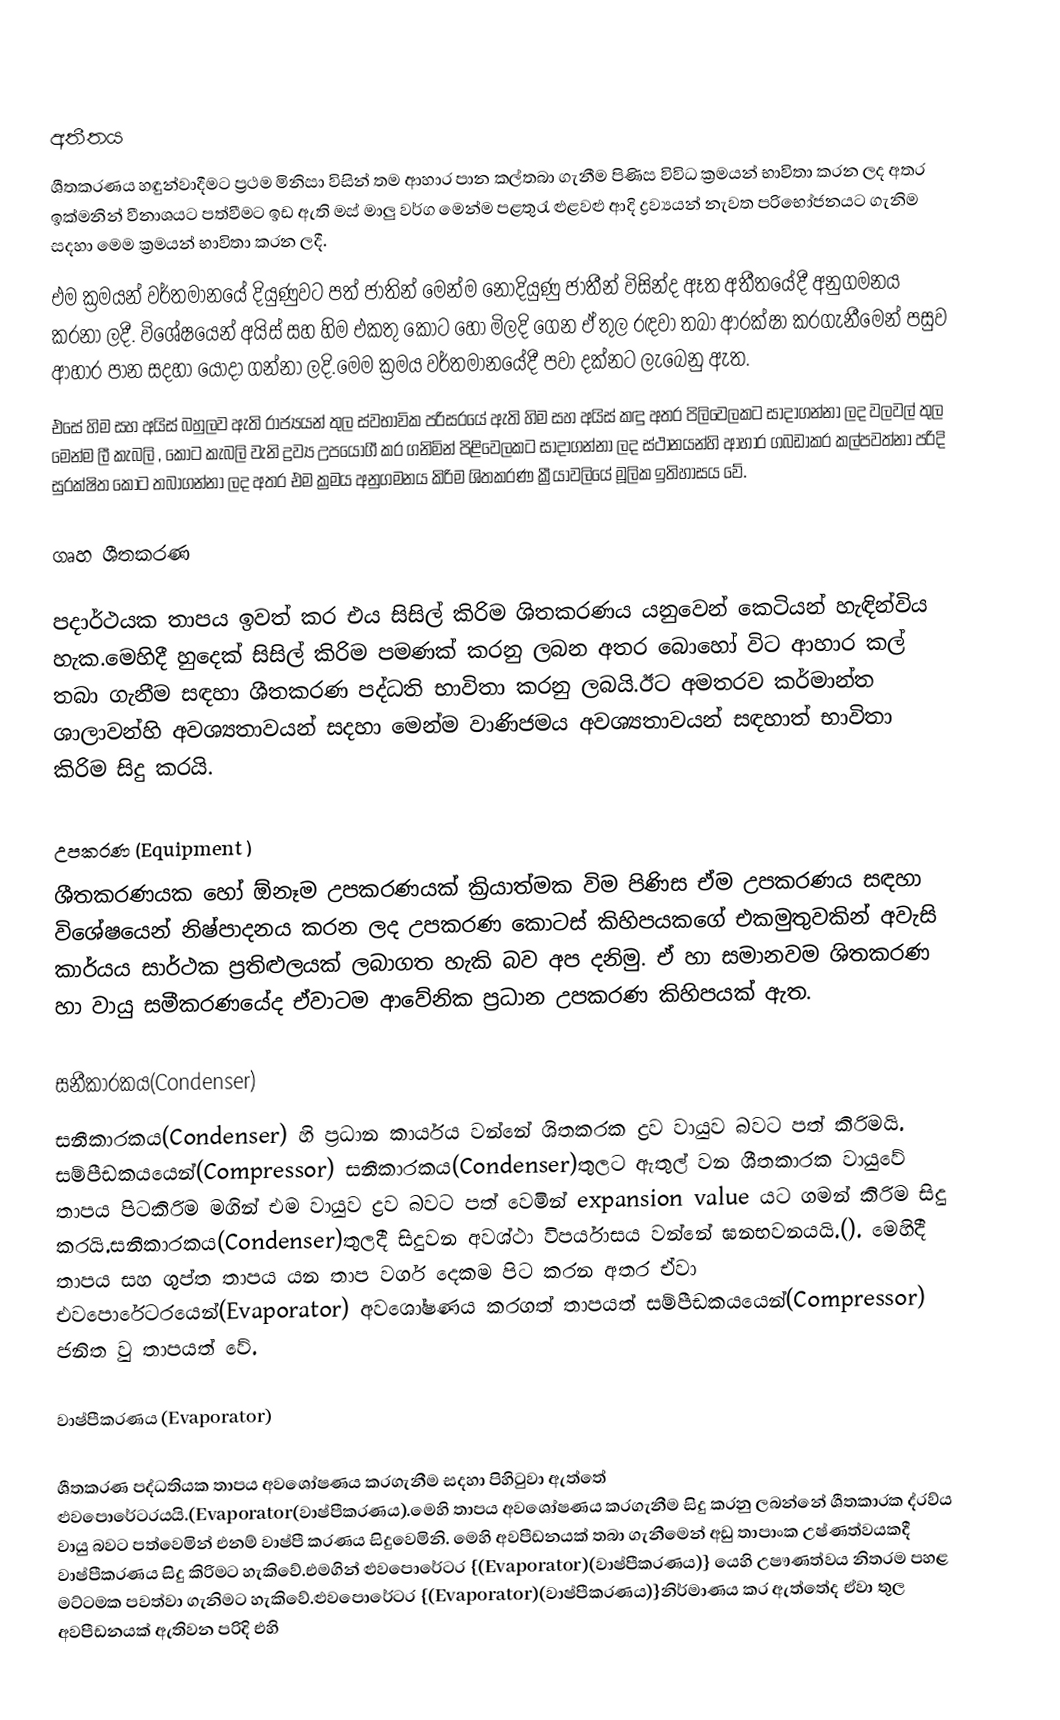

අතීතය
ශීතකරණය හඳුන්වාදීමට ප්‍රථම මිනිසා විසින් තම ආහාර පාන කල්තබා ගැනීම පිණිස විවිධ ක්‍රමයන් භාවිතා කරන ලද අතර ඉක්මනින් වීනාශයට පත්වීමට ඉඩ ඇති මස් මාලු වර්ග මෙන්ම පළතුරැ ළුළවළු ආදි ද්‍රව්‍යයන් නැවත පරිභෝජනයට ගැනිම සදහා මෙම ක්‍රමයන් භාවිතා කරන ලදී.
එම ක්‍රමයන් වර්තමානයේ දියුණුවට පත් ජාතින් මෙන්ම නොදියුණු ජාතීන් විසින්ද ඈත අතීතයේදී අනුගමනය කරනා ලදී. විශේෂයෙන් අයිස් සහ හිම එකතු කොට හෝ මිලදි ගෙන ඒ තුල රඳවා තබා ආරක්ෂා කරගැනීමෙන් පසුව ආහාර පාන සදහා යොදා ගන්නා ලදි.මෙම ක්‍රමය වර්තමානයේදී පවා දක්නට ලැබෙනු ඇත.
එසේ හිම සහ අයිස් බහුලව ඇති රාජ්‍යයන් තුල ස්වභාවික පරිසරයේ ඇති හිම සහ අයිස් කඳු අතර පිලිවෙලකට සාදාගන්නා ලද වලවල් තුල මෙන්ම ලී කැබලි , කොට කැබලි වැනි ද්‍රව්‍ය උපයෝගී කර ගනිමින් පිළිවෙලකට සාදාගන්නා ලද ස්ථානයන්හි ආහාර ගබඩාකර කල්පවත්නා පරිදි සුරක්ෂිත කොට තබාගන්නා ලද අතර එම ක්‍රමය අනුගමනය කිරිම ශිතකරණ ක්‍රීයාවලියේ මූලික ඉතිහාසය වේ.

ගෘහ ශීතකරණ

පදාර්ථයක තාපය ඉවත් කර එය සිසිල් කිරිම ශිතකරණය යනුවෙන් කෙටියන් හැඳින්විය හැක.මෙහිදී හුදෙක්  සිසිල් කිරිම පමණක් කරනු ලබන අතර බොහෝ විට ආහාර කල් තබා ගැනීම සඳහා ශීතකරණ පද්ධති භාවිතා කරනු ලබයි.ඊට අමතරව කර්මාන්ත ශාලාවන්හි අවශ්‍යතාවයන් සදහා මෙන්ම වාණිජමය අවශ්‍යතාවයන් සඳහාත් භාවිතා කිරිම සිදු කරයි.

උපකරණ  (Equipment   )
ශීතකරණයක හෝ ඕනෑම උපකරණයක් ක්‍රියාත්මක විම පිණිස ඒම උපකරණය සඳහා විශේෂයෙන් නිෂ්පාදනය කරන ලද උපකරණ කොටස් කිහිපයකගේ එකමුතුවකින් අවැසි කාර්යය සාර්ථක ප්‍රතිළුලයක් ලබාගත හැකි බව අප දනිමු. ඒ හා සමානවම ශිතකරණ හා වායු සමීකරණයේද ඒවාටම ආවේනික ප්‍රධාන උපකරණ කිහිපයක් ඇත.

සනීකාරකය(Condenser)
සනීකාරකය(Condenser) හි ප්‍රධාන කාර්යය වන්නේ ශිතකරක ද්‍රව වායුව බවට පත් කිරිමයි. සම්පීඩකයයෙන්(Compressor) සනීකාරකය(Condenser)තුලට ඇතුල් වන ශීතකාරක වායුවේ තාපය පිටකිරිම මගින් එම වායුව ද්‍රව බවට පත් වෙමින් expansion value යට  ගමන් කිරිම සිදු කරයි.සනීකාරකය(Condenser)තුලදී සිදුවන අවශ්ථා විපර්යාසය වන්නේ ඝනභවනයයි.(). මෙහිදී තාපය සහ ගුප්ත තාපය යන තාප වර්ග දෙකම පිට කරන අතර ඒවා එවපොරේටරයෙන්(Evaporator) අවශෝෂණය කරගත් තාපයත් සම්පීඩකයයෙන්(Compressor) ජනිත වු තාපයත් වේ.

වාෂ්පීකරණය (Evaporator)

ශීතකරණ පද්ධතියක තාපය අවශෝෂණය කරගැනීම සදහා පිහිටුවා ඇත්තේ ළුවපොරේටරයයි.(Evaporator(වාෂ්පීකරණය).මෙහි තාපය අවශෝෂණය කරගැනීම සිදු කරනු ලබන්නේ ශීතකාරක ද්රව්ය වායු බවට පත්වෙමින් එනම් වාෂ්පී කරණය සිදුවෙමිනි. මෙහි අවපීඩනයක් තබා ගැනීමෙන් අඩු තාපාංක උෂ්ණත්වයකදී වාෂ්පීකරණය සිදු කිරිමට හැකිවේ.එමගින් ළුවපොරේටර {(Evaporator)(වාෂ්පීකරණය)} යෙහි උෂෟණත්වය නිතරම පහළ මට්ටමක පවත්වා ගැනිමට හැකිවේ.ළුවපොරේටර {(Evaporator)(වාෂ්පීකරණය)}නිර්මාණය කර ඇත්තේද ඒවා තුල අවපීඩනයක් ඇතිවන පරිදි එහි